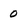
Character: 0